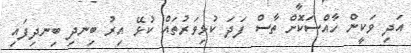
އަދި ވަކީން ހާއްސަކޮށް ތާސް ފަދަ ކުޅިވަރުތައް ކުޅޭ އިރު ބިނދި ބިނދިފައި